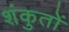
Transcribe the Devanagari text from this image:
शंकुतों